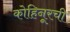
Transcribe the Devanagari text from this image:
कोहिनूरची